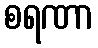
စရဏာ